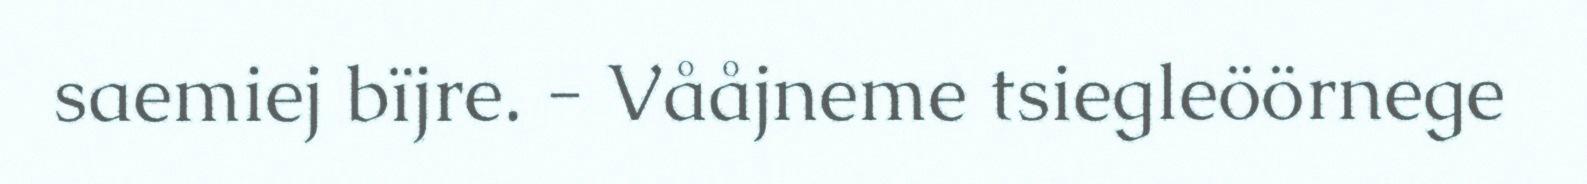
saemiej bïjre. - Vååjneme tsiegleöörnege